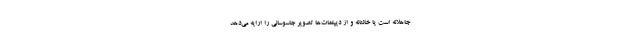
جاهلانه است یا خائنانه و از دیپلمات‌ها تصویر جاسوسانی را ارایه می‌دهد